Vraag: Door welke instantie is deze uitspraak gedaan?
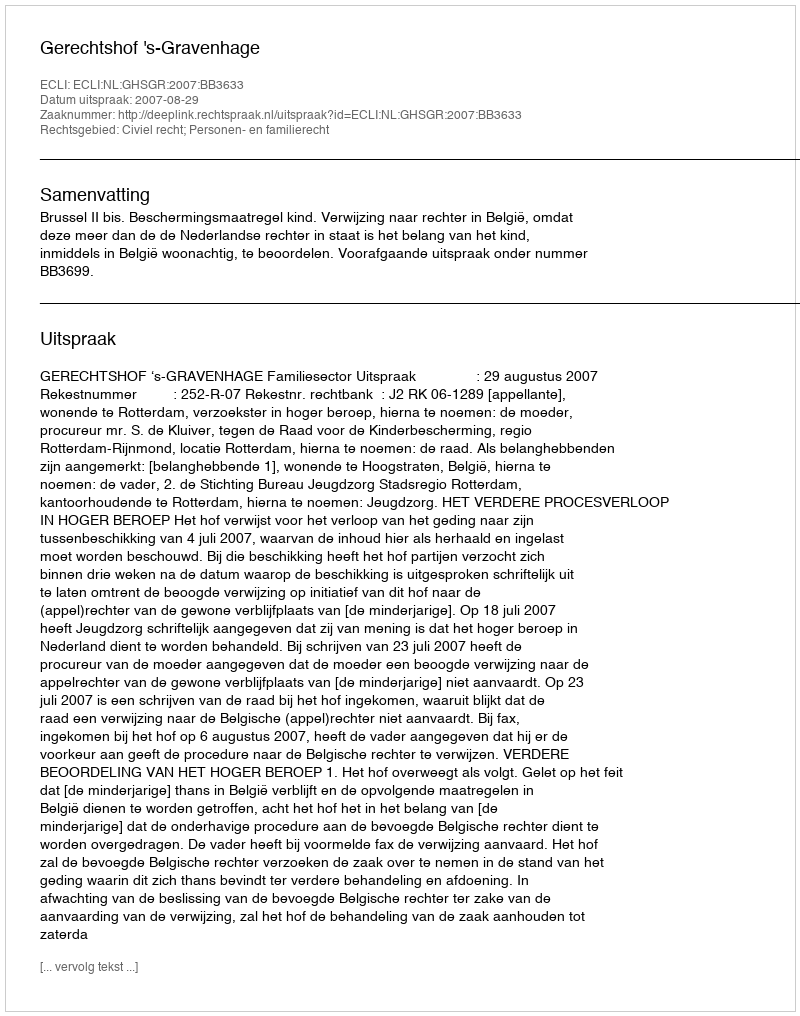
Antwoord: Gerechtshof 's-Gravenhage